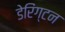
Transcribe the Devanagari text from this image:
डेरिंग्टन